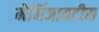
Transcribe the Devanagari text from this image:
मेनिंजायटीस